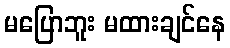
မပြောဘူး မထားချင်နေ